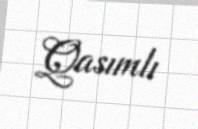
Qasımlı